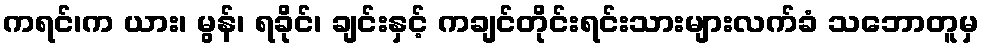
ကရင်၊က ယား၊ မွန်၊ ရခိုင်၊ ချင်းနှင့် ကချင်တိုင်းရင်းသားများလက်ခံ သဘောတူမှ